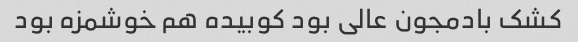
کشک بادمجون عالی بود کوبیده هم خوشمزه بود